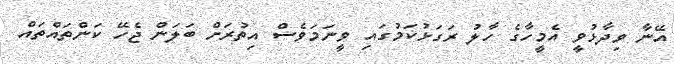
އޭނާ ވިދާޅުވީ އެމީހާގެ ހާލު ރަގަޅުކަމުގައި ވީނަމަވެސް އިތުރަށް ބަލަން ޖެހޭ ކަންތައްތައް